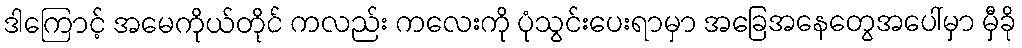
ဒါကြောင့် အမေကိုယ်တိုင် ကလည်း ကလေးကို ပုံသွင်းပေးရာမှာ အခြေအနေတွေအပေါ်မှာ မှီခို